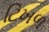
ટિખળ